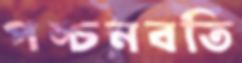
পঙ্চনবতি